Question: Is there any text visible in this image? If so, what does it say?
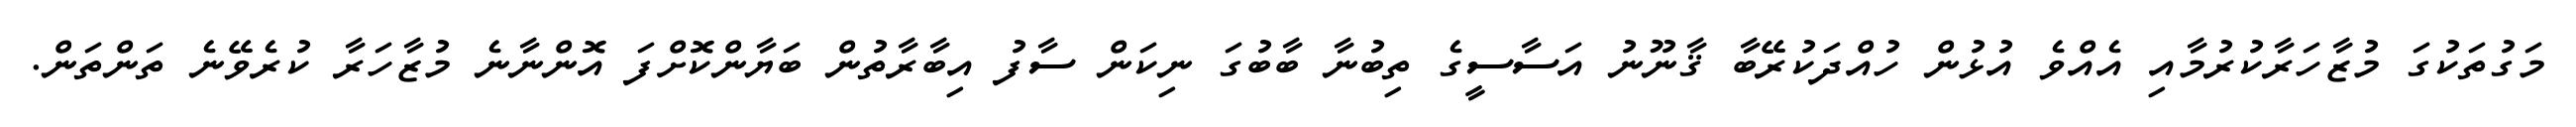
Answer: މަގުތަކުގަ މުޒާހަރާކުރުމާއި އެއްވެ އުޅުން ހުއްދަކުރޭބާ ޤާނޫނު އަސާސީގެ ތިބުނާ ބާބުގަ ނިކަން ސާފު އިބާރާތުން ބަޔާންކޮށްފަ އޮންނާނެ މުޒާހަރާ ކުރެވޭނެ ތަންތަން.